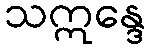
သဣန္ဒေ